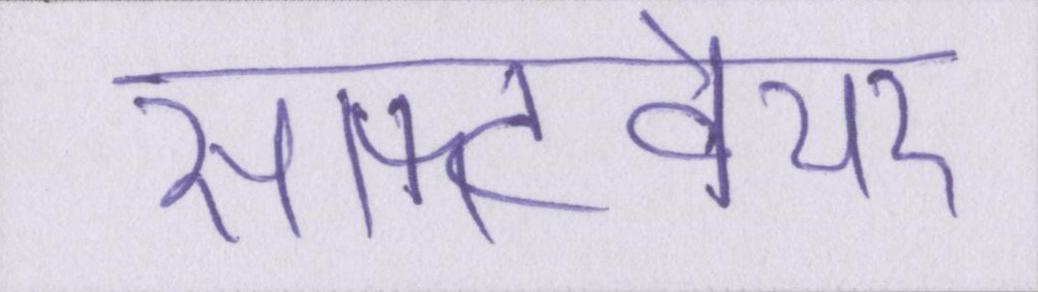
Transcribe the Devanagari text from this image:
सॉफ्टवेयर